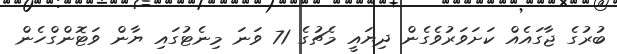
ބުރުގެ ޖާގައެއް ކަށަވަރުވެގެން ދިޔައީ މެޗުގެ 71 ވަނަ މިނެޓުގައި ޔާން ވަޓޮންގްހެން